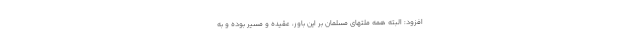
افزود: البته همه ملتهای مسلمان بر این باور، عقیده و مسیر بوده و به